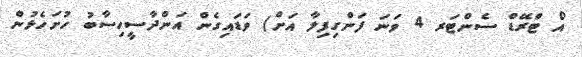
އޯ ޓްރޭޑް ސެންޓަރ 4 ވަނަ ފަންގިފިލާ އަށް) ވަޑައިގެން އަންދާސީހިސާބު ހުށަހެޅުން